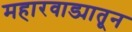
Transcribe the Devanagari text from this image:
महारवाड्यातून